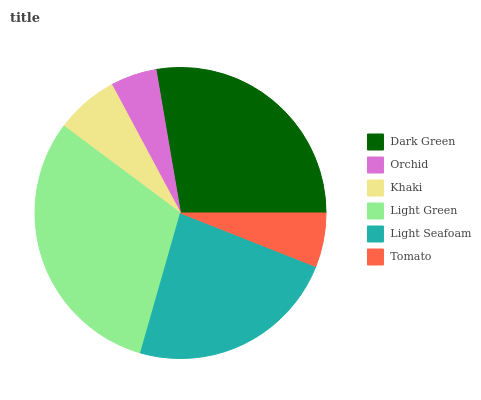
| Dark Green | Orchid | Khaki | Light Green | Light Seafoam | Tomato |
 | --- | --- | --- | --- | --- | --- |
 | 27.7% | 5.14% | 6.98% | 30.7% | 23.4% | 6.01% |